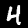
Label: 4